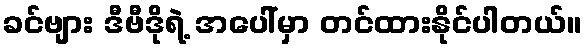
ခင်ဗျား ဒီဗီဒိုရဲ့ အပေါ်မှာ တင်ထားနိုင်ပါတယ်။